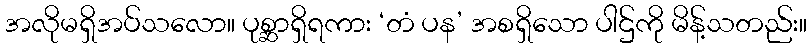
အလိုမရှိအပ်သလော။ ပုစ္ဆာရှိရကား ‘တံ ပန’ အစရှိသော ပါဌ်ကို မိန့်သတည်း။